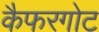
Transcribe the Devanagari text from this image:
कैफरगोट